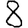
Digit: 8